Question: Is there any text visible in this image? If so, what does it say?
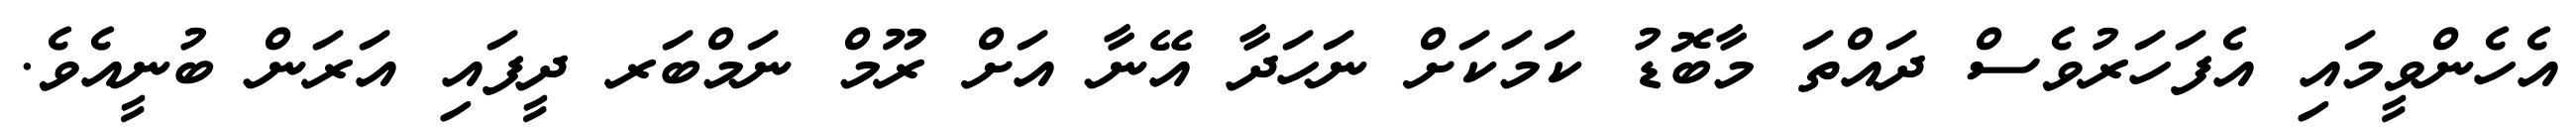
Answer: އެހެންވީމައި އެފަހަރުވެސް ދައްތަ މާބޮޑު ކަމަކަށް ނަހަދާ އޭނާ އަށް ރޫމް ނަމްބަރ ދީފައި އަރަން ބުނީއެވެ.